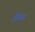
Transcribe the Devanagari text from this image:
तिरूत